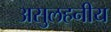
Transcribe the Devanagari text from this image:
असुलहनीय